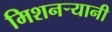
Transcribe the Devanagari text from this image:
मिशनर्‍यानी